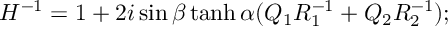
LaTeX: H ^ { - 1 } = 1 + 2 i \sin \beta \operatorname { t a n h } \alpha ( { \cal Q } _ { 1 } R _ { 1 } ^ { - 1 } + { \cal Q } _ { 2 } R _ { 2 } ^ { - 1 } ) ;